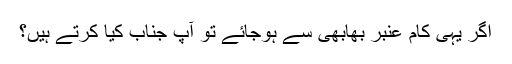
اگر یہی کام عنبر بھابھی سے ہوجائے تو آپ جناب کیا کرتے ہیں؟